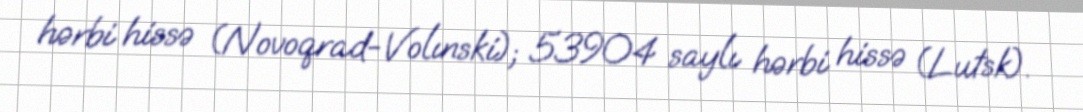
hərbi hissə (Novoqrad-Volınski); 53904 saylı hərbi hissə (Lutsk).